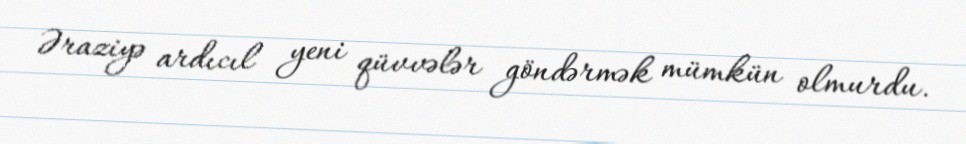
Əraziyə ardıcıl yeni qüvvələr göndərmək mümkün olmurdu.